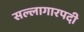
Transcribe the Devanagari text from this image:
सल्लागारपदी